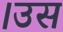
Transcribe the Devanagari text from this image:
।उस